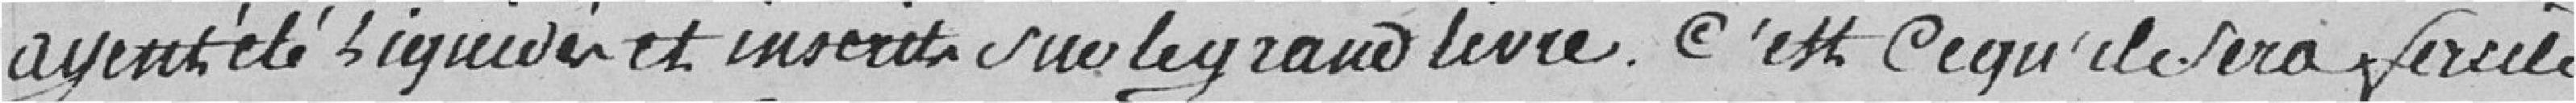
ayant été liquidés et inscrits sur le grand livre. C'est ce qu'il sera facile